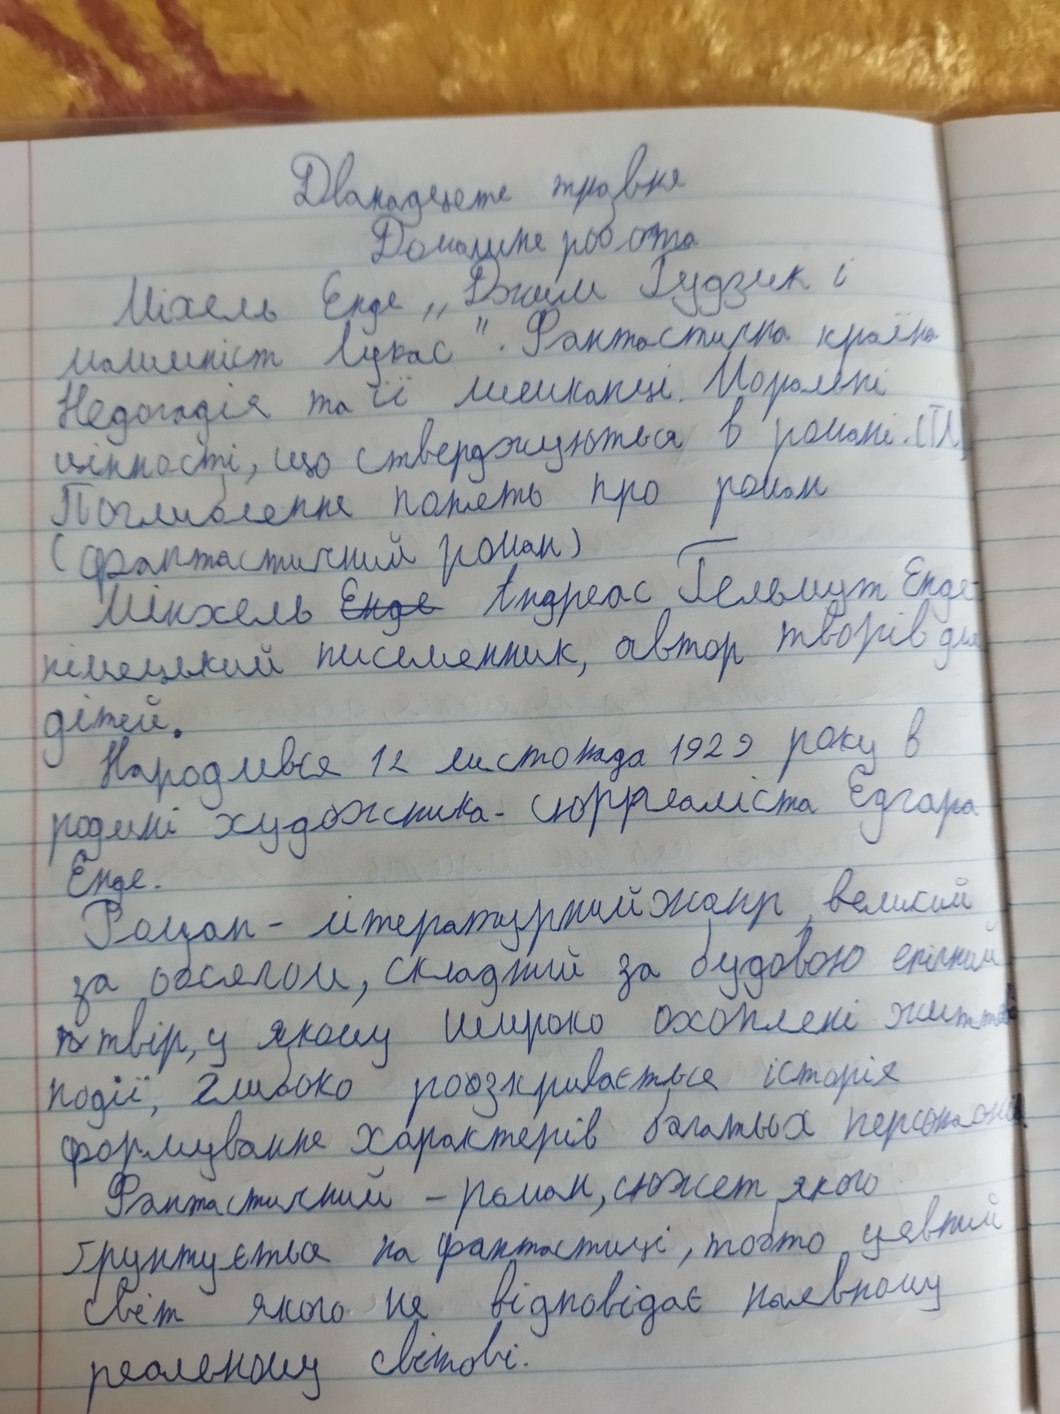
Дванадцяте травня
Домашня робота
Міхель Енде ,, Джим Гудзик і
машиніст Лукас". Фантастична країна
Недогадія та її мешканці. Моральні
цінності, що стверджуються в романі. Ш.
Поглиблення понять про роман
(фантастичний роман)
Міхаель --Енде-- Андреас Гульмут Енде
німецький письменник, автор творів для
дітей.
Народився 12 листопада 1929 року в
родині художника-сюрреаліста Едгара
Енде.
Роман - літературний жанр, великий
за обсягом, складний за будовою епічний
--п-- твір, у якому широко охоплені життя
події, глибоко розкривається історія
формування характерів багатьох персонажів.
Фантастичний - роман, сюжет якого
ґрунтується на фантастиці, тобто уявний
світ якого не відповідає наявному
реальному світові.